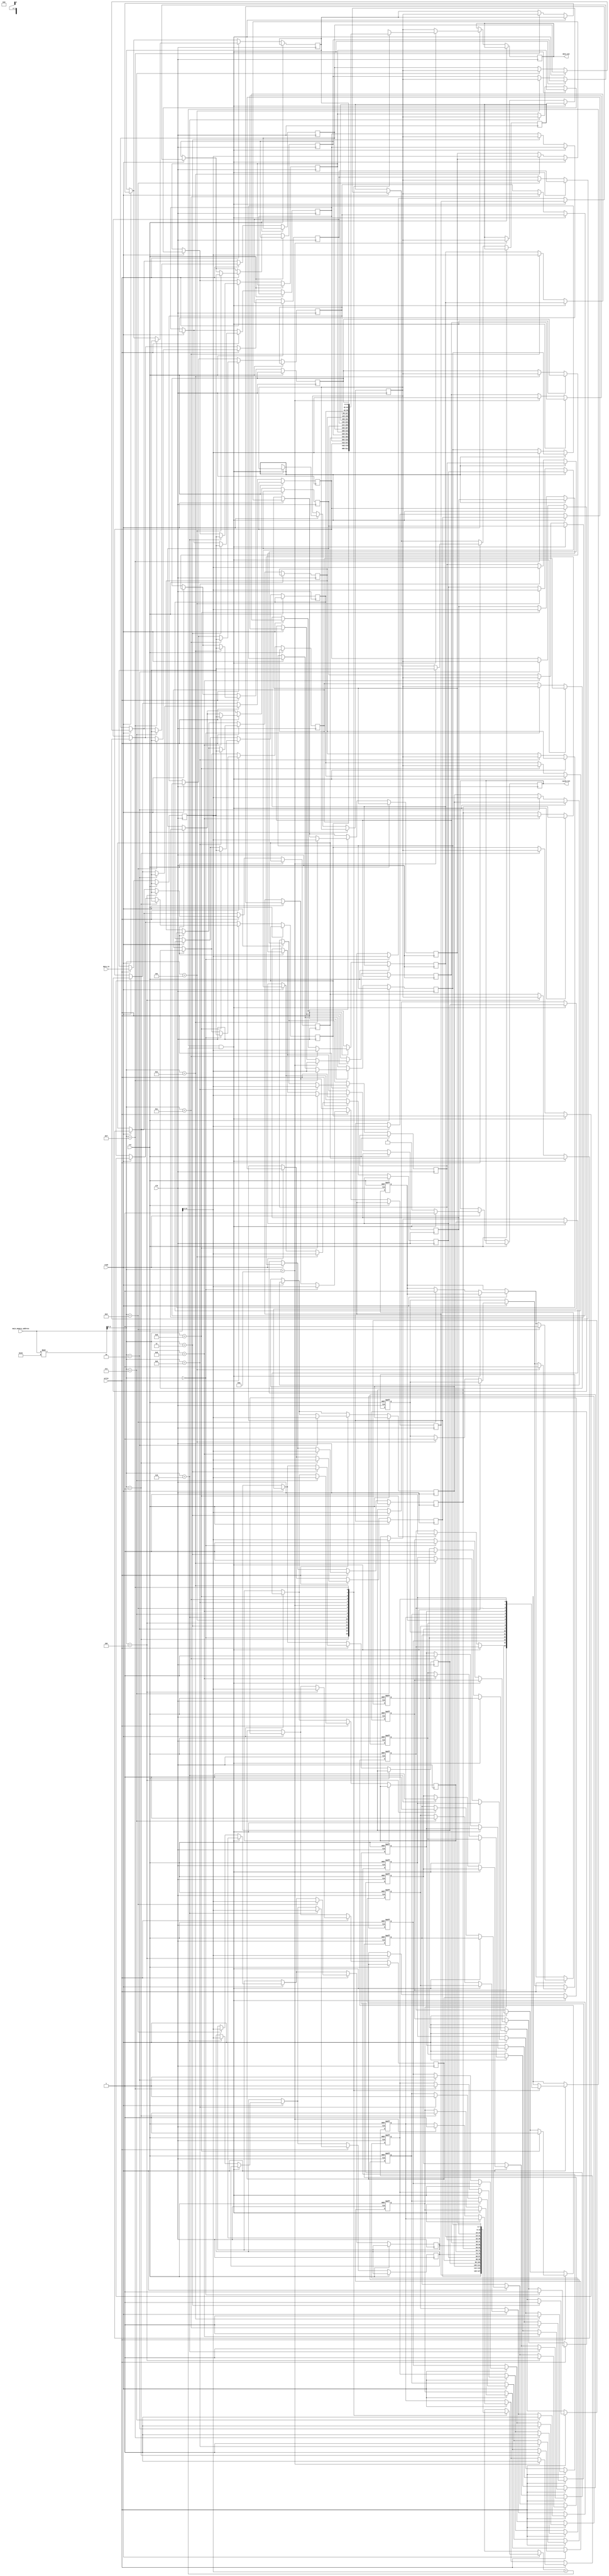
module cache_memory (
    input wire clk,
    input wire rst,
    input wire [31:0] main_memory_address,
    input wire [31:0] data_in,
    input wire read,
    input wire write,
    output reg [31:0] data_out,
    output reg cache_hit
);

parameter CACHE_SIZE = 16; // Number of entries in the cache
parameter TAG_SIZE = 8; // Number of bits for tag
parameter DATA_SIZE = 32; // Number of bits for data

reg [DATA_SIZE-1:0] cache_data [0: CACHE_SIZE-1];
reg [TAG_SIZE-1:0] cache_tags [0: CACHE_SIZE-1];
reg valid [0: CACHE_SIZE-1];

reg [TAG_SIZE-1:0] tag;
reg [DATA_SIZE-1:0] data;
reg [31:0] main_mem_data;

integer i;
reg [4:0] index;

always @(posedge clk or posedge rst) begin
    if (rst) begin
        for (i = 0; i < CACHE_SIZE; i = i + 1) begin
            valid[i] <= 0;
        end
    end else begin
        if (read) begin
            index = main_memory_address % CACHE_SIZE;
            tag = main_memory_address >> TAG_SIZE;
            
            if (valid[index] && cache_tags[index] == tag) begin
                cache_hit <= 1;
                data_out <= cache_data[index];
            end else begin
                cache_hit <= 0;
                main_mem_data <= $random;
                cache_data[index] <= main_mem_data;
                cache_tags[index] <= tag;
                valid[index] <= 1;
                data_out <= main_mem_data;
            end
        end
        
        if (write) begin
            index = main_memory_address % CACHE_SIZE;
            tag = main_memory_address >> TAG_SIZE;
            data <= data_in;
            
            cache_data[index] <= data;
            cache_tags[index] <= tag;
            valid[index] <= 1;
        end
    end
end

endmodule